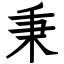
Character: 秉